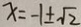
x = - 1 \pm \sqrt { 2 }